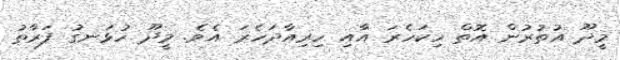
މީދޫ އުތުރުން އޮތް ހިކަހެރަ އާއި ހިރިއާދަހެރަ އެވެ. މީދޫ ހުޅަނގު ފަރާތު